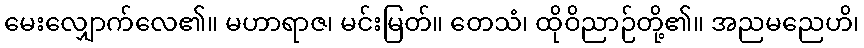
မေးလျှောက်လေ၏။ မဟာရာဇ၊ မင်းမြတ်။ တေသံ၊ ထိုဝိညာဉ်တို့၏။ အညမညေဟိ၊